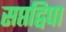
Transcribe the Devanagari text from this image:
सप्तद्विपा